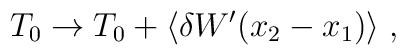
T_0\rightarrow T_0   + \langle\delta W^\prime(x_2-x_1)\rangle \; ,